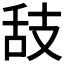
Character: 𦧉